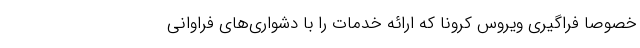
خصوصا فراگیری ویروس کرونا که ارائه خدمات را با دشواری‌های فراوانی